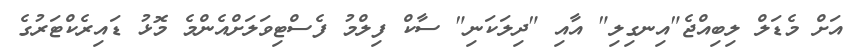
އަށް މެޑަލް ލިބިއްޖެ"އިނގިލި" އާއި "ދިލަކަނި" ސާކް ފިލްމު ފެސްޓިވަލަށްއެންމެ މޮޅު ޑައިރެކްޓަރުގެ